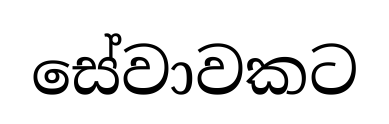
සේවාවකට